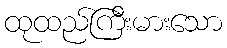
ထုထည်ကြီးမားသော